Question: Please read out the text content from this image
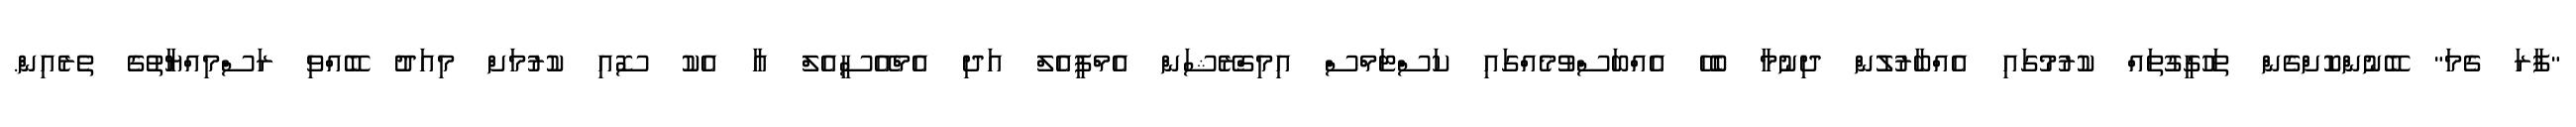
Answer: "ފާރަ ގެމަ" ބޭނުންކޮށްގެން ތަހުގީގުތައް ކުރުމުގައި އެއްބާރުލުން ދިނުމާ ބެހޭ އެއްބަސްވުމެއްގައި ކަސްޓަމްސް އިމިގްރޭޝަން އެމްޕީއެލް އަދި އެމްއޭސީއެލް އާ އެކު ސޮއި ކުރުމަށް މިއަދު ބޭއްވި ރަސްމިއްޔާތުގެ ތެރެއިން.